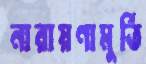
নারায়ণামুর্তি